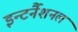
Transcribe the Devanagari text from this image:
इन्टर्नैशनल